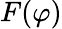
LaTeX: F(\varphi)